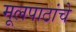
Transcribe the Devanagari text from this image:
मूलपाठांचे